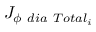
{ J } _ { \phi \ d i a \ T o t a l _ { i } }